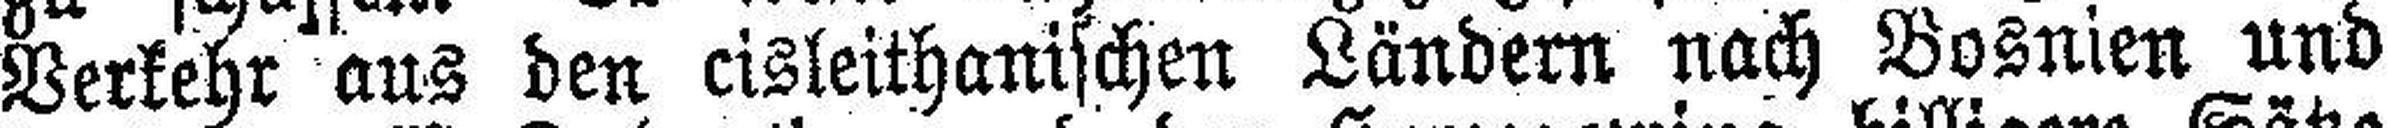
Verkehr aus den cisleithanischen Ländern nach Bosnien und